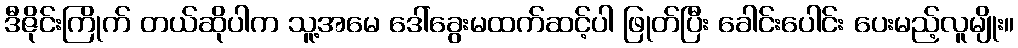
ဒီဇိုင်းကြိုက် တယ်ဆိုပါက သူ့အမေ ဒေါ်ခွေးမထက်ဆင့်ပါ ဖြုတ်ပြီး ခေါင်းပေါင်း ပေးမည့်လူမျိုး။